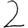
Digit: 2